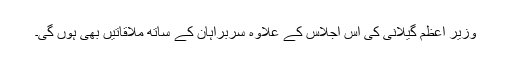
وزیر اعظم گیلانی کی اس اجلاس کے علاوہ سربراہان کے ساتھ ملاقاتیں بھی ہوں گی۔